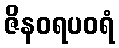
ဇိနဝရပဝရံ